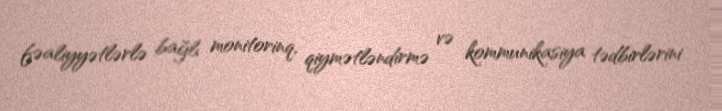
fəaliyyətlərlə bağlı monitorinq, qiymətləndirmə və kommunikasiya tədbirlərini